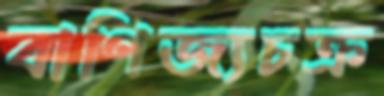
বাণিজ্যচক্র